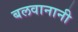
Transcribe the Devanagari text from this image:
बलवानानी